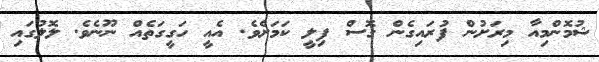
ޝުމޮންމިއާ މިރަށުން ފުރައިގެން ގޮސް ފިލީ ކަމަށެވެ. އެއީ ހަގީގަތެއް ނޫނެވެ. ލޮލުގައި